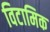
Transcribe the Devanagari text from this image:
विटामिक